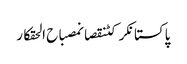
پاکستانکرکٹنقصانمصباح الحقکار